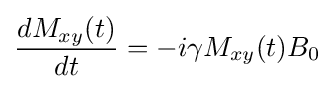
{\frac {dM_{xy}(t)}{dt}}=-i\gamma M_{xy}(t)B_{0}